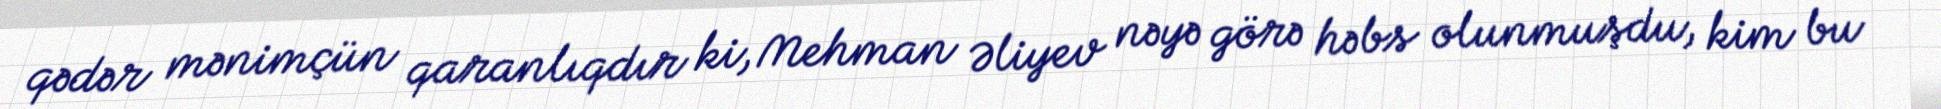
qədər mənimçün qaranlıqdır ki, Mehman Əliyev nəyə görə həbs olunmuşdu, kim bu